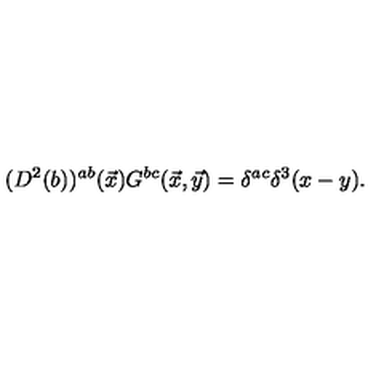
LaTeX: ( D ^ { 2 } ( b ) ) ^ { a b } ( { \vec { x } } ) G ^ { b c } ( \vec { x } , \vec { y } ) = \delta ^ { a c } \delta ^ { 3 } ( x - y ) .